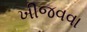
ખીજવવા